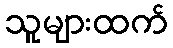
သူများထက်